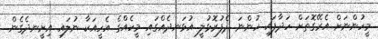
މީހުންނަށް އެރޭގޮތަށް ހަދާފައި ހުންނަ ދެފުރޮޅުލީ އުޅަނދެއްގައި މީހެއްގެ އެހީއަކާ ނުލައި އިށީނދެގެން